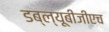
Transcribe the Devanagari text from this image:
डब्ल्यूबीजीएच